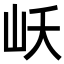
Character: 岆